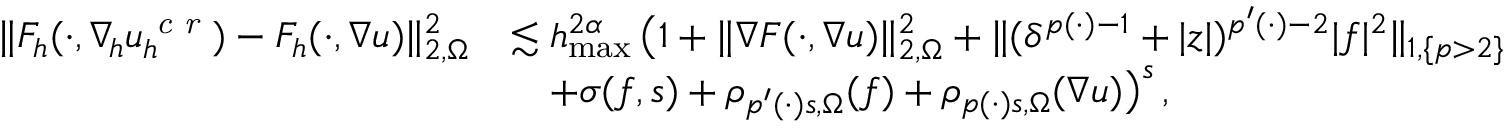
\begin{array} { r l } { \| F _ { h } ( \cdot , \nabla _ { \! h } u _ { h } ^ { \textit { c r } } ) - F _ { h } ( \cdot , \nabla u ) \| _ { 2 , \Omega } ^ { 2 } } & { \lesssim h _ { \operatorname* { m a x } } ^ { 2 \alpha } \, \big ( 1 + \| \nabla F ( \cdot , \nabla u ) \| _ { 2 , \Omega } ^ { 2 } + \| ( \delta ^ { p ( \cdot ) - 1 } + \vert z \vert ) ^ { p ^ { \prime } ( \cdot ) - 2 } \vert f \vert ^ { 2 } \| _ { 1 , \{ p > 2 \} } } \\ & { \quad + \sigma ( f , s ) + \rho _ { p ^ { \prime } ( \cdot ) s , \Omega } ( f ) + \rho _ { p ( \cdot ) s , \Omega } ( \nabla u ) \big ) ^ { s } \, , } \end{array}